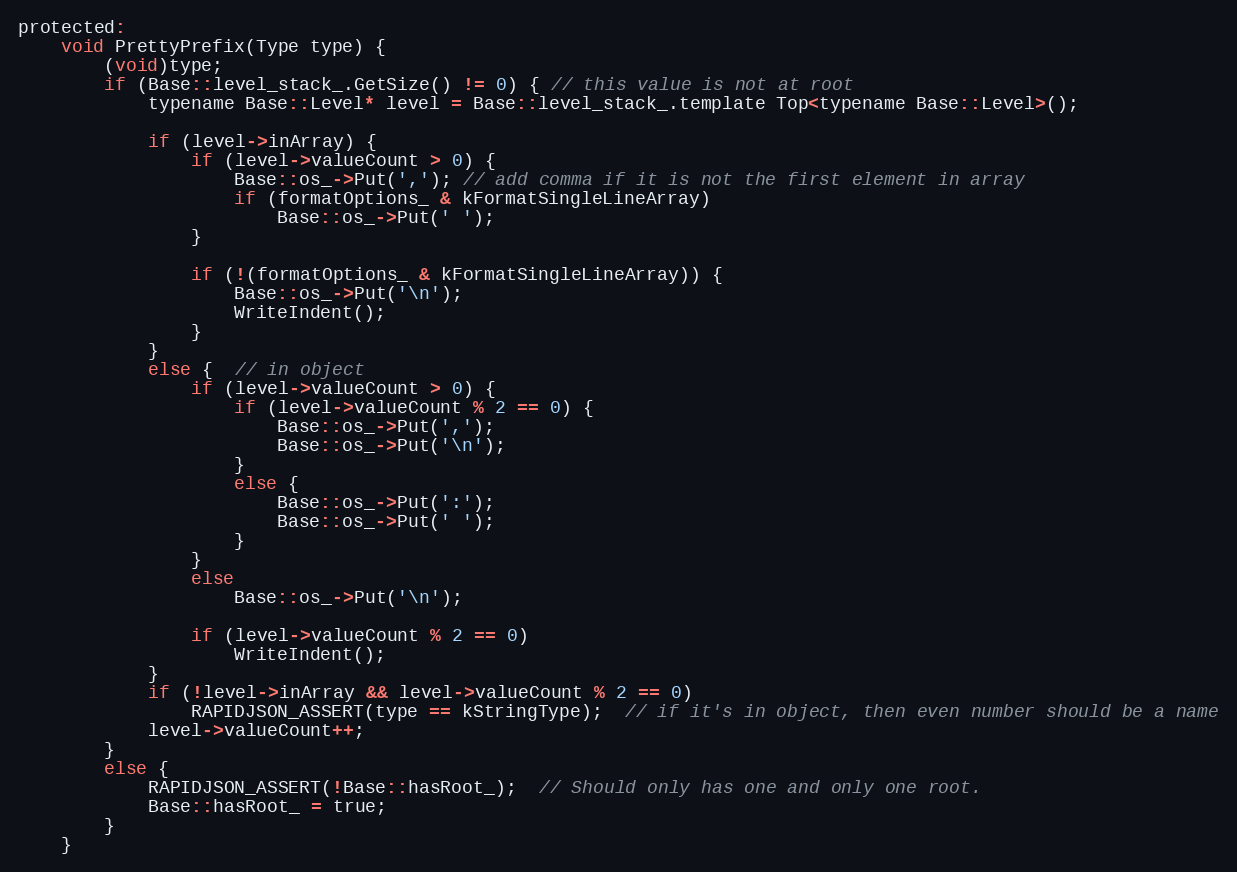
Language: C
protected:
    void PrettyPrefix(Type type) {
        (void)type;
        if (Base::level_stack_.GetSize() != 0) { // this value is not at root
            typename Base::Level* level = Base::level_stack_.template Top<typename Base::Level>();

            if (level->inArray) {
                if (level->valueCount > 0) {
                    Base::os_->Put(','); // add comma if it is not the first element in array
                    if (formatOptions_ & kFormatSingleLineArray)
                        Base::os_->Put(' ');
                }

                if (!(formatOptions_ & kFormatSingleLineArray)) {
                    Base::os_->Put('\n');
                    WriteIndent();
                }
            }
            else {  // in object
                if (level->valueCount > 0) {
                    if (level->valueCount % 2 == 0) {
                        Base::os_->Put(',');
                        Base::os_->Put('\n');
                    }
                    else {
                        Base::os_->Put(':');
                        Base::os_->Put(' ');
                    }
                }
                else
                    Base::os_->Put('\n');

                if (level->valueCount % 2 == 0)
                    WriteIndent();
            }
            if (!level->inArray && level->valueCount % 2 == 0)
                RAPIDJSON_ASSERT(type == kStringType);  // if it's in object, then even number should be a name
            level->valueCount++;
        }
        else {
            RAPIDJSON_ASSERT(!Base::hasRoot_);  // Should only has one and only one root.
            Base::hasRoot_ = true;
        }
    }